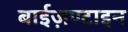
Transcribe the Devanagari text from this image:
बाईज़ण्टाइन